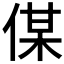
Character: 𠋦